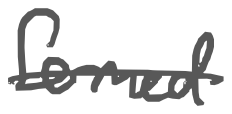
Text: formed
Cross-out: single-line
Writing tool: digital_gray